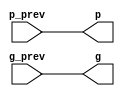
module Circle_green(
    output signed p,
    output signed g,
    input signed p_prev,
    input signed g_prev
);

wire p_inter,g_inter;

not(p_inter,p_prev);
not(p,p_inter);

not(g_inter,g_prev);
not(g,g_inter);

endmodule